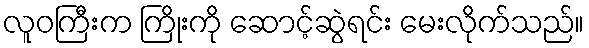
လူဝကြီးက ကြိုးကို ဆောင့်ဆွဲရင်း မေးလိုက်သည်။